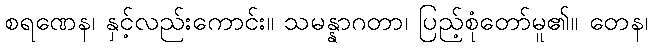
စရဏေန၊ နှင့်လည်းကောင်း။ သမန္နာဂတာ၊ ပြည့်စုံတော်မူ၏။ တေန၊